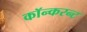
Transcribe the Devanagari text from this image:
कॉन्करन्ट